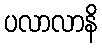
ပလာလာနိ